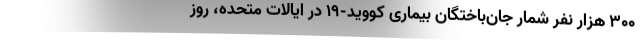
300 هزار نفر شمار جان‌باختگان بیماری کووید-۱۹ در ایالات متحده، روز